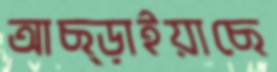
আছ্‌ড়াইয়াছে